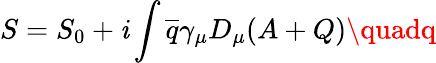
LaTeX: S=S_{0}+\mathit{i}\int{\overline{{{q}}}}\gamma_{\mu}D_{\mu}(A+Q)\quadq